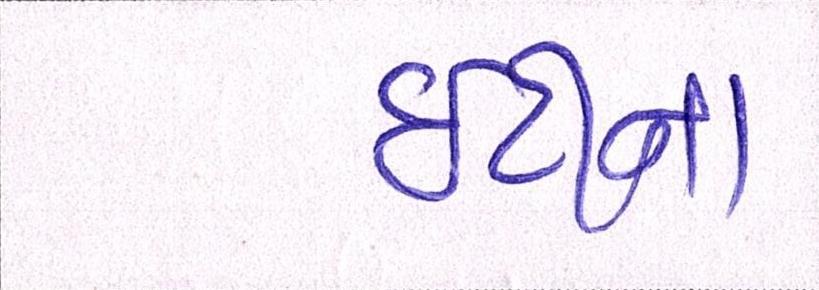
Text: ઇટીના